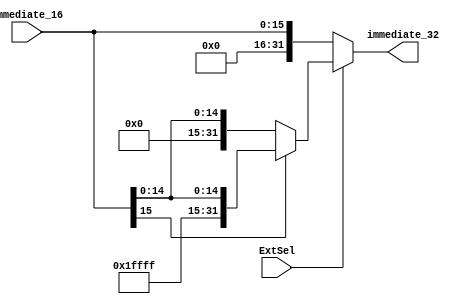
`timescale 1ns / 1ps
//////////////////////////////////////////////////////////////////////////////////
// Company: 
// Engineer: 
// 
// Design Name: 
// Module Name:    Extend 
// Project Name: 
// Target Devices: 
// Tool versions: 
// Description: 
//
// Dependencies: 
//
// Revision: 
// Revision 0.01 - File Created
// Additional Comments: 
//
//////////////////////////////////////////////////////////////////////////////////
module Extend(
    input [15:0] immediate_16,
    input ExtSel,
    output reg[31:0] immediate_32
    );

   always@( immediate_16 or ExtSel ) begin
	if ( ExtSel == 0 )
		immediate_32 = { 16'h0000, immediate_16 };
	else if (immediate_16[15] == 1 )
		immediate_32 = { 16'hffff, immediate_16 };
	else
		immediate_32 = { 16'h0000, immediate_16 };
	end
endmodule